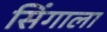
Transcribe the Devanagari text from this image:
सिंगाला